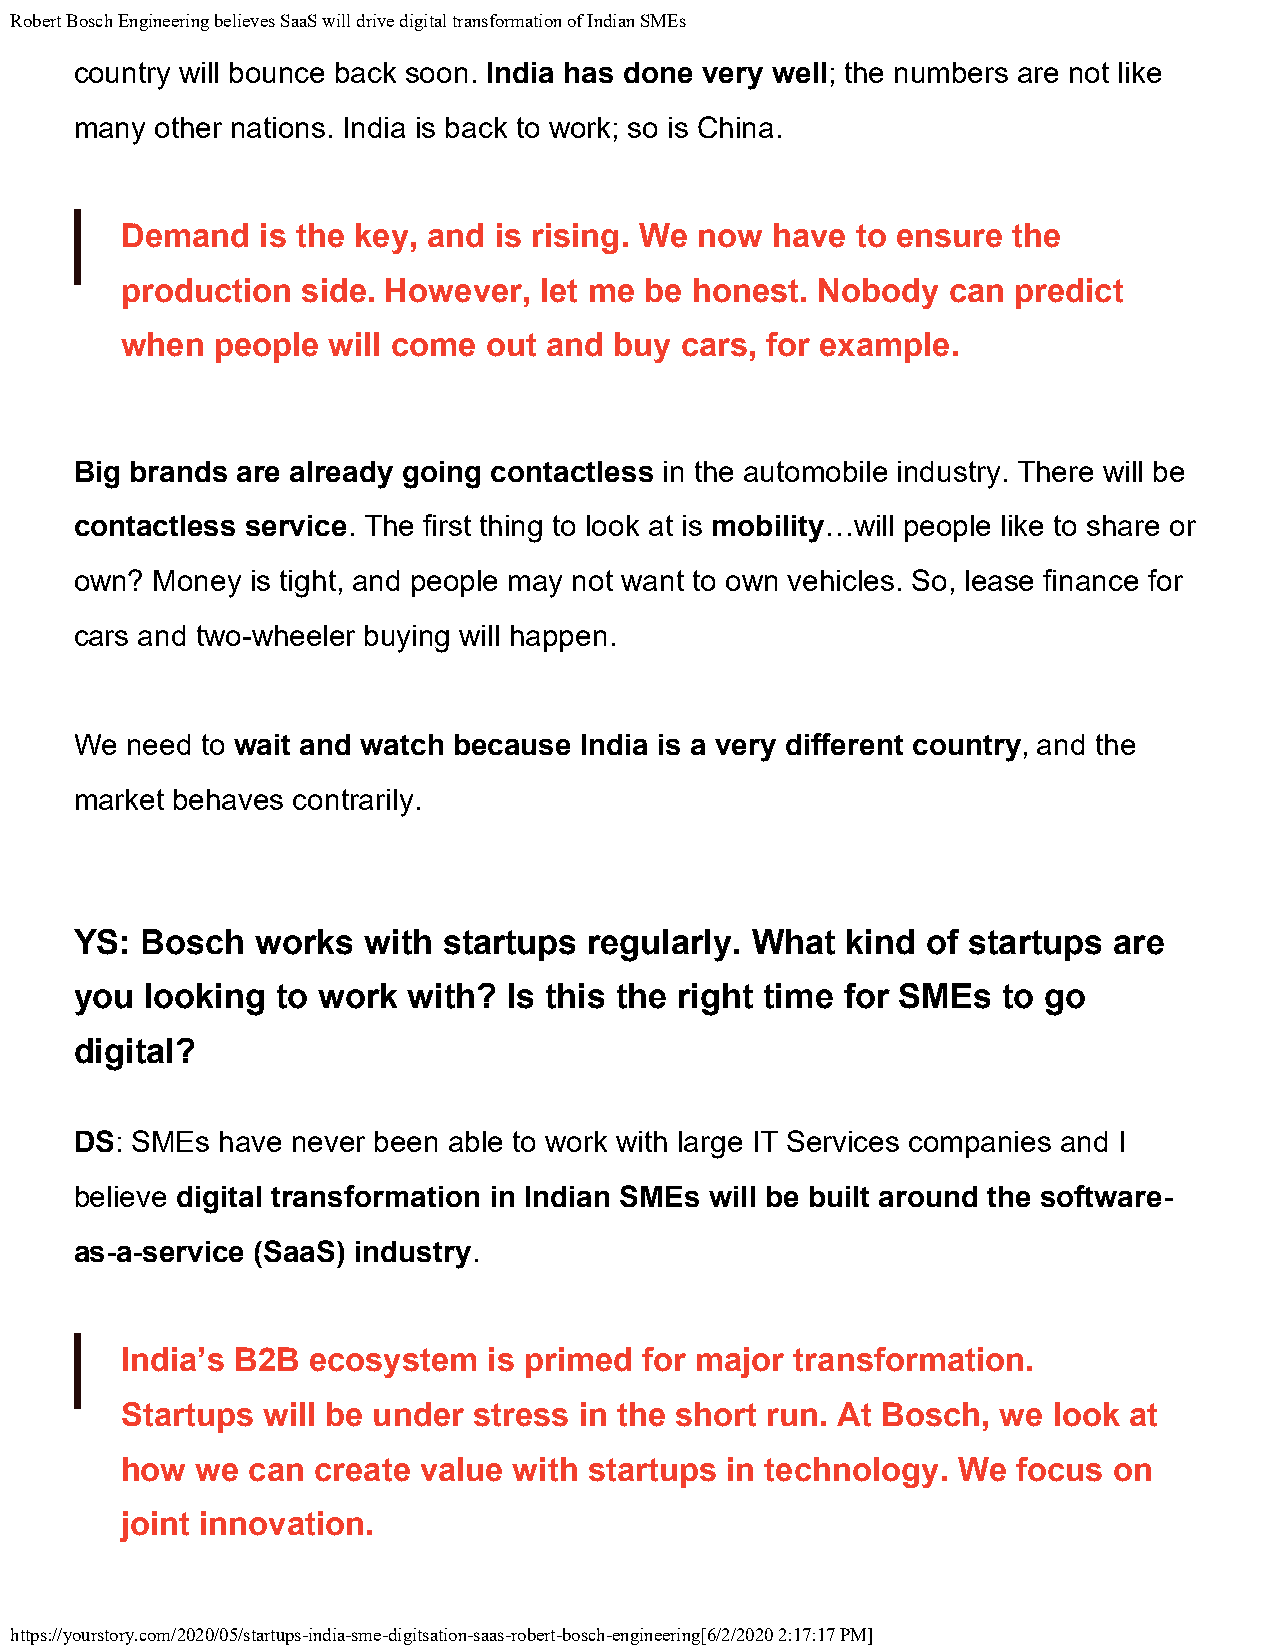
Robert Bosch Engineering believes SaaS will drive digital transformation of Indian SMEs
 country will bounce back soon. India has done very well; the numbers are not like
 many other nations. India is back to work; so is China.
 Demand   is the key, and is rising. We now have  to ensure the
 production  side. However,  let me be honest. Nobody   can predict
 when  people  will come out and  buy cars, for example.
 Big brands are already going contactless in the automobile industry. There will be
 contactless service. The first thing to look at is mobility…will people like to share or
 own? Money  is tight, and people may not want to own vehicles. So, lease finance for
 cars and two-wheeler buying will happen.
 We need to wait and watch because India is a very different country, and the
 market behaves contrarily.
 YS: Bosch   works  with startups  regularly. What  kind of startups  are
 you  looking to work  with?  Is this the right time for SMEs to go
 digital?
 DS: SMEs  have never been able to work with large IT Services companies and I
 believe digital transformation in Indian SMEs will be built around the software-
 as-a-service (SaaS) industry.
 India’s B2B ecosystem   is primed  for major transformation.
 Startups will be under stress in the short run. At Bosch, we  look at
 how  we can  create value with startups in technology. We  focus  on
 joint innovation.
 https://yourstory.com/2020/05/startups-india-sme-digitsation-saas-robert-bosch-engineering[6/2/2020 2:17:17 PM]